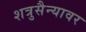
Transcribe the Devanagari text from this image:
शत्रुसैन्यावर